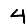
Digit: 4